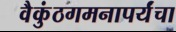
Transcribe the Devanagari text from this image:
वैकुंठगमनापर्यंचा